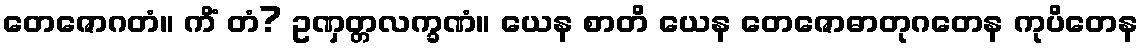
တေဇောဂတံ။ ကိံ တံ? ဥဏှတ္တလက္ခဏံ။ ယေန စာတိ ယေန တေဇောဓာတုဂတေန ကုပိတေန